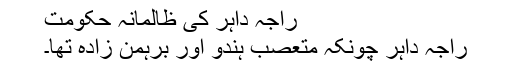
راجہ داہر کی ظالمانہ حکومت
راجہ داہر چونکہ متعصب ہندو اور برہمن زادہ تھا۔